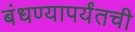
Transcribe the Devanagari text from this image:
बंधण्यापर्यंतची